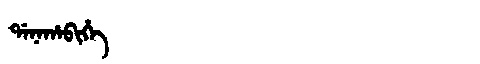
Manchu: ᡩᠠᠨᠠᡥᠠᠪᡳᡥᡝ
Romanization: DANAHABIHE